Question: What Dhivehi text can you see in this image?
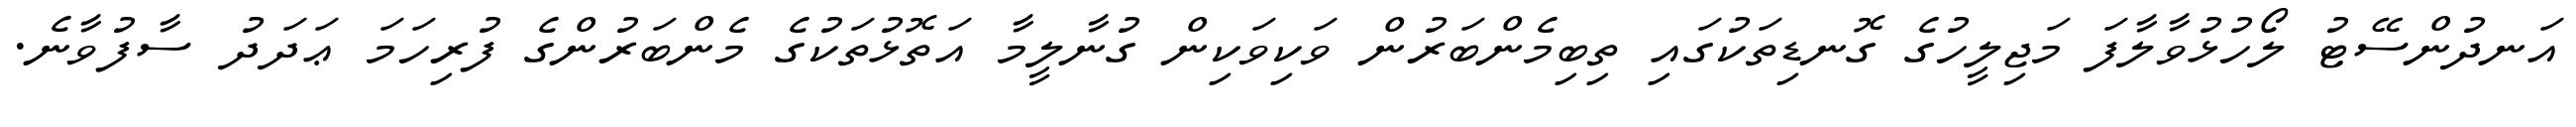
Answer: އަނދުންސޭޓު ލޯހުޅުވާލާފަ މަޖިލީހުގެ ގޮނޑިތަކުގައި ތިބިމެންބަރުން ވަކިވަކިން ގުނާލީމާ އަތޮޅުތަކުގެ މެންބަރުންގެ ފުރިހަމަ ޢަދަދު ސާފުވާނެ.